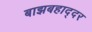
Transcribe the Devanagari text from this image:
बाझबहाद्दर